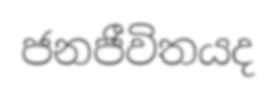
ජනජීවිතයද